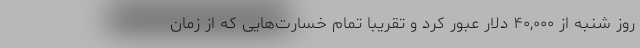
روز شنبه از ۴۰,۰۰۰ دلار عبور کرد و تقریبا تمام خسارت‌هایی که از زمان